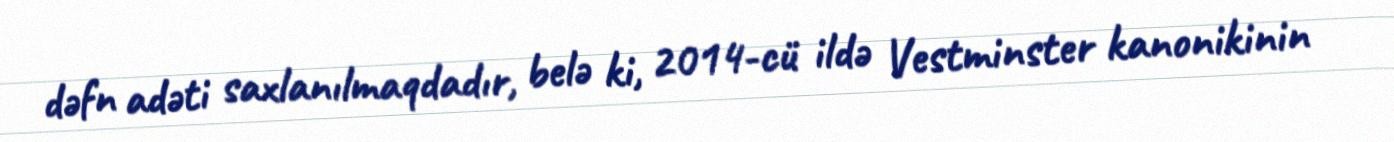
dəfn adəti saxlanılmaqdadır, belə ki, 2014-cü ildə Vestminster kanonikinin